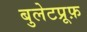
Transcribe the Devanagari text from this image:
बुलेटप्रूफ़